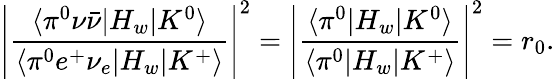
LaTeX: \left|\frac{\langle\pi^{0}\nu\bar{\nu}|H_{w}|K^{0}\rangle}{\langle\pi^{0}e^{+}\nu_{e}|H_{w}|K^{+}\rangle}\right|^{2}=\left|\frac{\langle\pi^{0}|H_{w}|K^{0}\rangle}{\langle\pi^{0}|H_{w}|K^{+}\rangle}\right|^{2}=r_{0}.